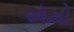
ઍમો